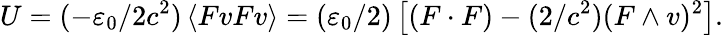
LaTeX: U=(-\varepsilon_{0}/2c^{2})\left\langle FvFv\right\rangle=(\varepsilon_{0}/2)\left[(F\cdot F)-(2/c^{2})(F\wedge v)^{2}\right].